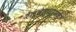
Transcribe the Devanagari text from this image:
रेल्वेस्थानके